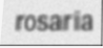
rosaria